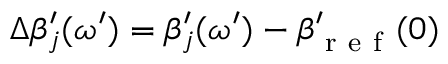
\Delta \beta _ { j } ^ { \prime } ( \omega ^ { \prime } ) = \beta _ { j } ^ { \prime } ( \omega ^ { \prime } ) - \beta _ { \mathrm { ~ r ~ e ~ f ~ } } ^ { \prime } ( 0 )